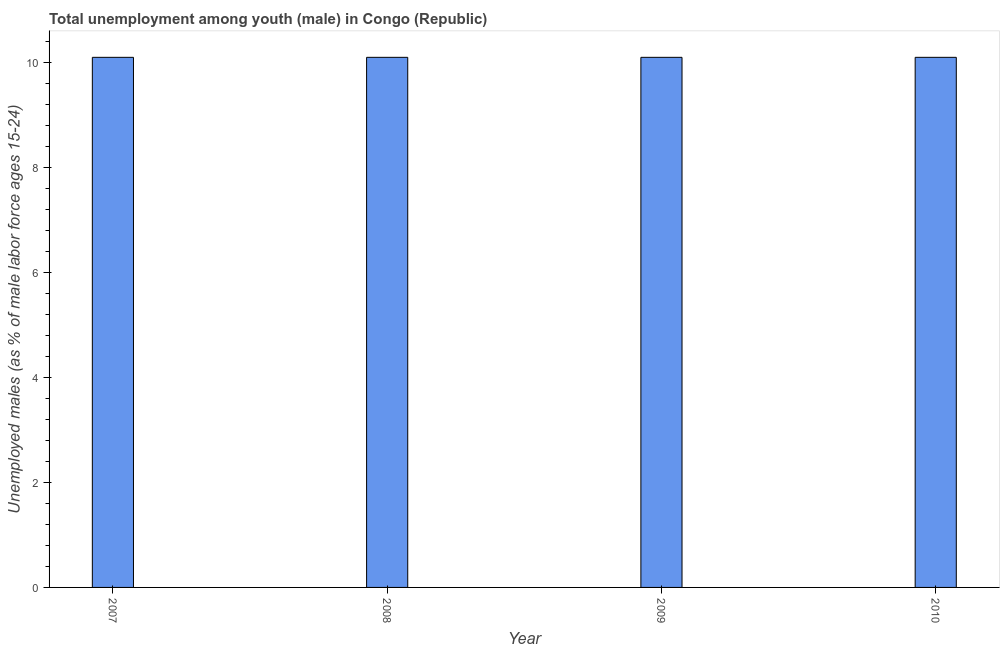
| Year | Unemployment |
 | --- | --- |
 | 2007 | 10.1 |
 | 2008 | 10.1 |
 | 2009 | 10.1 |
 | 2010 | 10.1 |